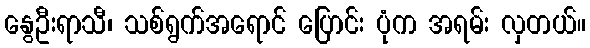
နွေဦးရာသီ၊ သစ်ရွက်အရောင် ပြောင်း ပုံက အရမ်း လှတယ်။